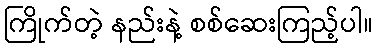
ကြိုက်တဲ့ နည်းနဲ့ စစ်ဆေးကြည့်ပါ။